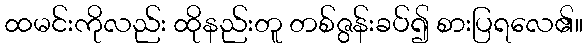
ထမင်းကိုလည်း ထိုနည်းတူ တစ်ဇွန်းခပ်၍ စားပြရလေ၏။